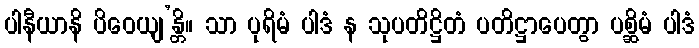
ပါနီယာနိ ပိဝေယျ’န္တိ။ သာ ပုရိမံ ပါဒံ န သုပတိဋ္ဌိတံ ပတိဋ္ဌာပေတွာ ပစ္ဆိမံ ပါဒံ